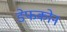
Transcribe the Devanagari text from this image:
डेफकोन